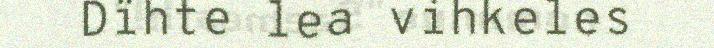
Dïhte lea vihkeles